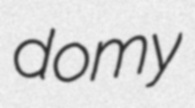
domy